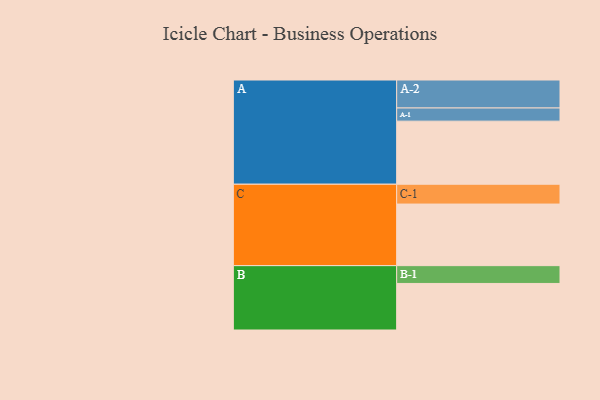
{"axis": {"x": "Segment", "y": "Value"}, "legend": ["", "A", "B", "C"], "data": [{"x": "A", "y": 503, "type": ""}, {"x": "B", "y": 371, "type": ""}, {"x": "C", "y": 491, "type": ""}, {"x": "A-1", "y": 105, "type": "A"}, {"x": "A-2", "y": 223, "type": "A"}, {"x": "B-1", "y": 142, "type": "B"}, {"x": "C-1", "y": 158, "type": "C"}]}